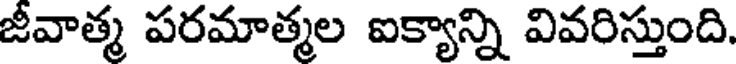
జీవాత్మ పరమాత్మల ఐక్యాన్ని వివరిస్తుంది.